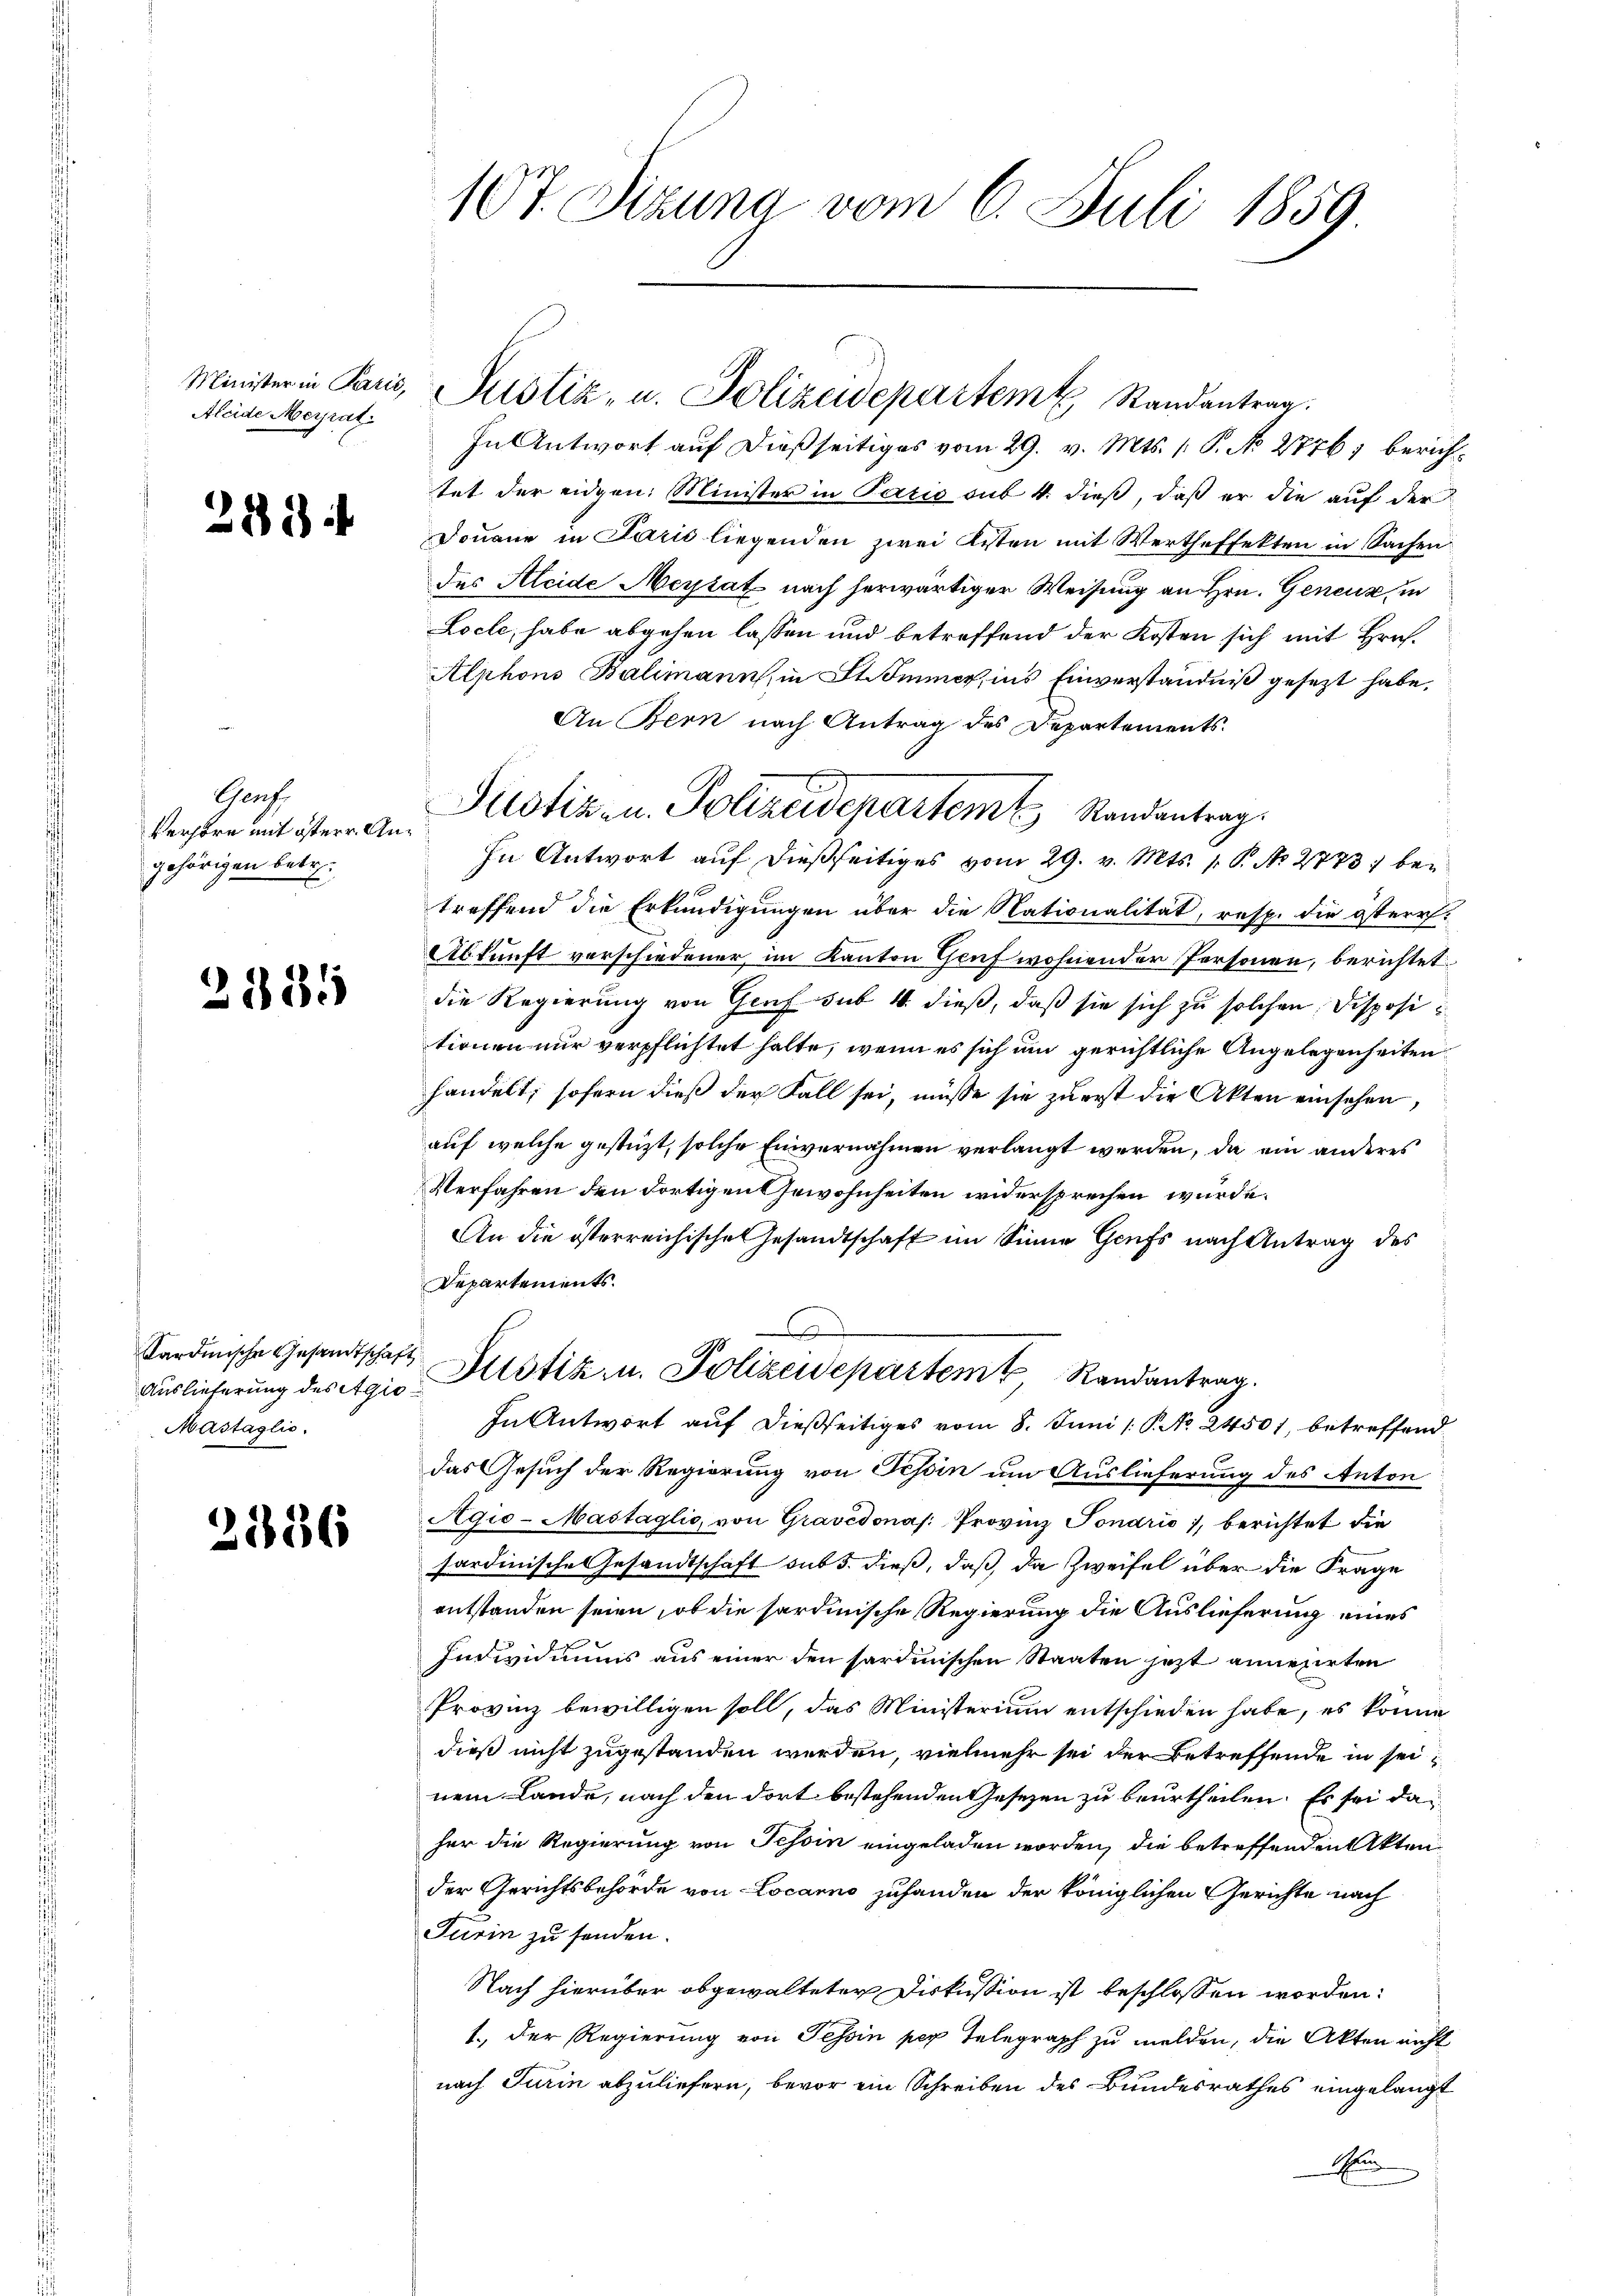
Aleide Merpat.

218

Graf
Verhöre mit österr. Angehörigen betr.

3185

Auslieferung des Agio
Mastaglio.

2186

107. Sizung vom 6. Juli 1859

Ministerin Paris, Pustiz- u. Polizeidepartem Randantrag

In Antwort auf dießseitiges vom 29. v. Mts. 1. P. No 2776, berichtet der eidgen. Minister in Paris sub 4. dieß, daß er die auf der
Douane in Paris liegenden zwei Kisten mit Wertheffekten in Sachen
des Aleide Meysat nach herwärtiger Weisung an Hrn. Geneuz, in
Locle, habe abgehen lassen und betreffend der Kosten sich mit Hrn.
Alphons Balimann, in St. Immer, ins Einverständniß gesezt habe.
An Bern nach Antrag des Departements.
In Antwort auf dießseitiges vom 29. v. Mts. 1. P. Nr. 2773, betreffend die Erkundigungen über die Nationalität, resp. die österr.
Abkunft verschiedener, im Kanton Genf wohnender Personen, berichtet
die Regierung von Genf sub 4. dieß, daß sie sich zu solchen Disposit
tionen nur verpflichtet halte, wenn es sich um gerichtliche Angelegenheiten
handelt, sofern dieß der Fall sei, müsse sie zu erst die Akten einsehen,
auf welche gestüzt, solche Einvernahmen verlangt werden, da ein anderes
Verfahren den dortigen Gewohnheiten widersprechen würde.
An die österreichische Gesandtschaft im Sinne Grufs nach Antrag des
Departements.
Sardinische Gesandtschaft Zustiz u. Polizeidepartem Randantrag.
¬
In Antwort auf dießseitiges vom 8. Juni /: P. No 24501, betreffend
das Gesuch der Regierung von Tessin um Auslieferung des Anton
Agio-Mastaglio von Gravedonas: Provinz Tonario 1, berichtet die
sardinische Gesandtschaft sub 5. dieß, daß da Zweifel über die Frage
entstanden seien, ob die sardinische Regierung die Auslieferung eines
Individuums aus einer den sardinischen Staaten jetzt annegirten
Provinz bewilligen soll, das Ministerium entschieden habe, es könne
dieß nicht zugestanden werden, vielmehr sei der Betreffende in seinem Lande, nach den dort bestehenden Gesetzen zu beurtheilen. Es sei daher die Regierung von Tessin eingeladen worden, die betreffenden Aktender Gerichtsbehörde von Locarno zufanden der königlichen Gerichte nach
Turin zu senden.
Nach hierüber obgewalteter Diskussion ist beschlossen worden:
1. Der Regierung von Tessin per Telegraph zu melden, die Akten nicht
nach Turin abzuliefern, bevor ein Schreiben des Bundesrathes eingelangt
Thei

Justiz- u. Polizeidepartem Randantrag.